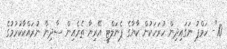
10"- ހަމްޕު ނަގައިދިން ހުރަހަކުން ކާޔާގެ ޕެނަލްޓީ އޭރިޔާ ތެރެއިން ސާދިން ނުރައްކާކުރުމުގެ